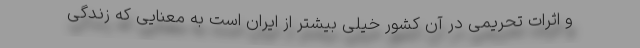
و اثرات تحریمی در آن کشور خیلی بیشتر از ایران است به معنایی که زندگی